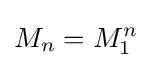
M_{n}=M_{1}^{n}